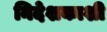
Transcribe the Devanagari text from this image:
निदेशकाशी